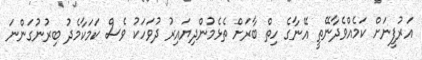
އަރުފީނަށް ކަމެއްވެދާނޭތީ އޭނާގެ ހިތް ބާރަށް ތެޅެމުންދިޔައިރު ދުވަހަކު ވެސް ކަމަކާމެދު ބިރުނުގަންނަ